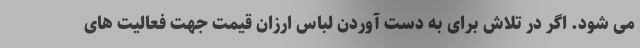
می شود. اگر در تلاش برای به دست آوردن لباس ارزان قیمت جهت فعالیت های